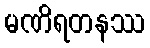
မဏိရတနဿ